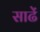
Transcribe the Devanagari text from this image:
साढें